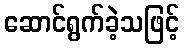
ဆောင်ရွက်ခဲ့သဖြင့်